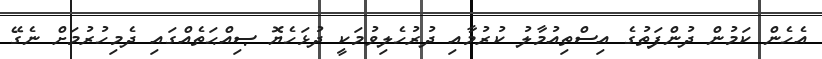
އެހެން ކަމުން ދުންފަތުގެ އިސްތިއުމާލު ކުރުމާއި ދުރުހެލިވުމަކީ ދުޅަހެޔޮ ޞިއްޙަތެއްގައި ދެމިހުރުމަށް ނެގޭ